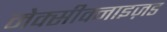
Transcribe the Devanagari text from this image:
मेक्सीक्नाइज़ड